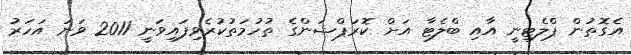
އެގޮތުން ޕްލެޓިނީ އާއި ބްލެޓާ އަށް ކޮރަޕްޝަންގެ ތުހުމަތުކުރެވިފައިވަނީ 2011 ވަނަ އަހަރު